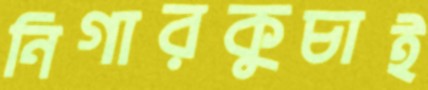
নিগারকুচাই